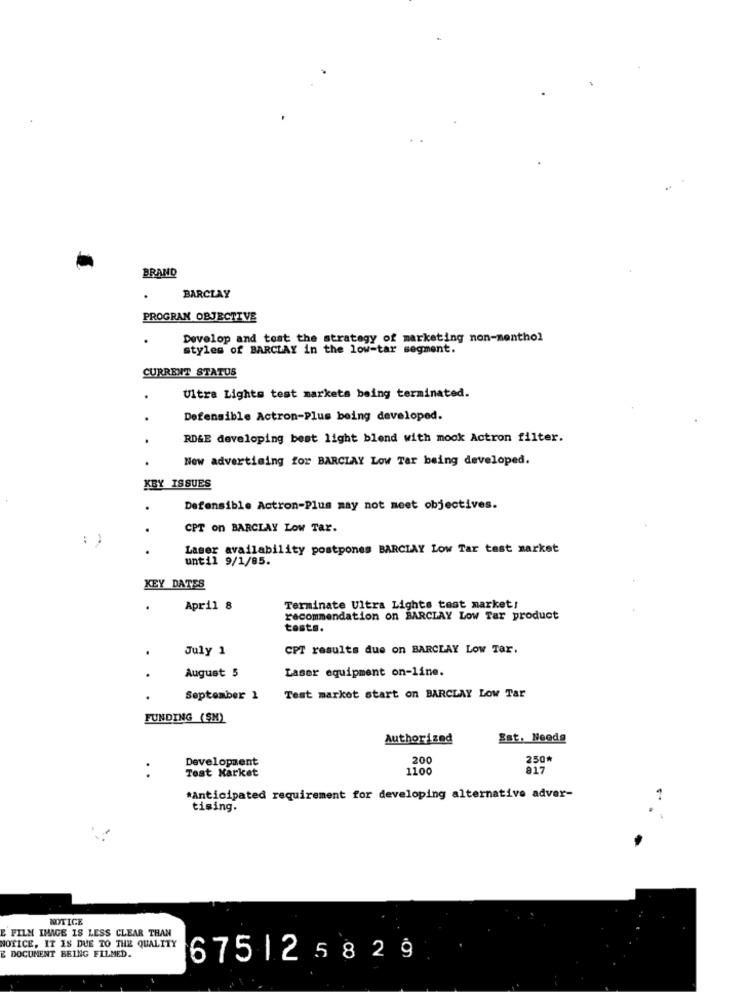
BRAND
BARCLAY
PROGRAN OBJECTIVE
Develop and tost the strategy of marketing non-nenthol
styles of BARCLAY in the low-tar segment.
CURRENT STATUS
.
Ultra Lights test markets being terminated.
Defensible Actron-Plus being developed.
RD&E developing best light blend with mook Actron filter.
Now advertising for BARCLAY Low Tar being developed.
KEY ISSUES
Defensible Actron-Plus may not meet objectives.
CPT on BARCLAY Low Tar.
Laser availability postpones BARCLAY Low Tar test market
until 9/1/85.
KEY DATES
.
April 8
Terminate Ultra Lights tost market!
recommendation on BARCLAY Low Tar product
tests.
.
July 1
CPT results due on BARCLAY Low Tar.
.
August 5
Laser equipment on-line.
September 1
Test market start on BARCLAY LOW Tar
FUNDING (SM)
Authorized
Est. Needg
Development
200
250*
..
1100
817
Test Market
*Anticipated requirement for developing alternative adver-
tising.
NOTICE
FILM IMAGE IS LESS CLEAR THAN
NOTICE, IT IS DUE TO THE QUALITY
E DOCUMENT BEING FILMED.
675125829